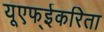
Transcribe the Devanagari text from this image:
यूएफ्ईकरिता